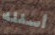
أسئله